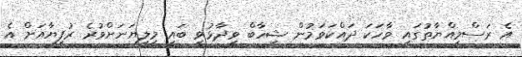
އެ ރަސްމިއްޔާތުގައި ވާހަކަ ދައްކަވަމުން ޝިހާބް ވިދާޅުވީ ބައި މިލިޔަނަށްވުރެ ރުފިޔާއަށް އެ